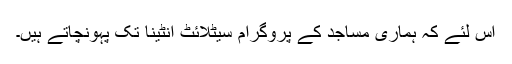
اس لئے کہ ہماری مساجد کے پروگرام سیٹلائٹ انٹینا تک پہونچاتے ہیں۔